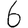
Digit: 6